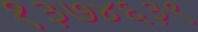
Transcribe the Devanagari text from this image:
१३७४६३९